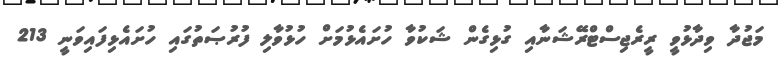
މަޖުދާ ވިދާޅުވީ ރީރެޖިސްޓްރޭޝަނާއި ގުޅިގެން ޝަކުވާ ހުށައެޅުމަށް ހުޅުވާލި ފުރުޞަތުގައި ހުށައެޅިފައިވަނީ 213